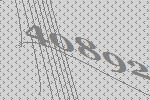
40892